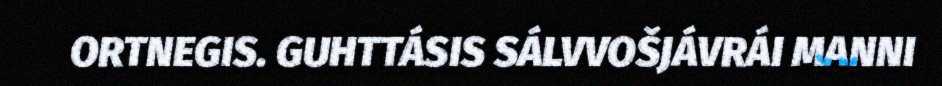
ORTNEGIS. GUHTTÁSIS SÁLVVOŠJÁVRÁI MANNI